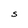
Character: S